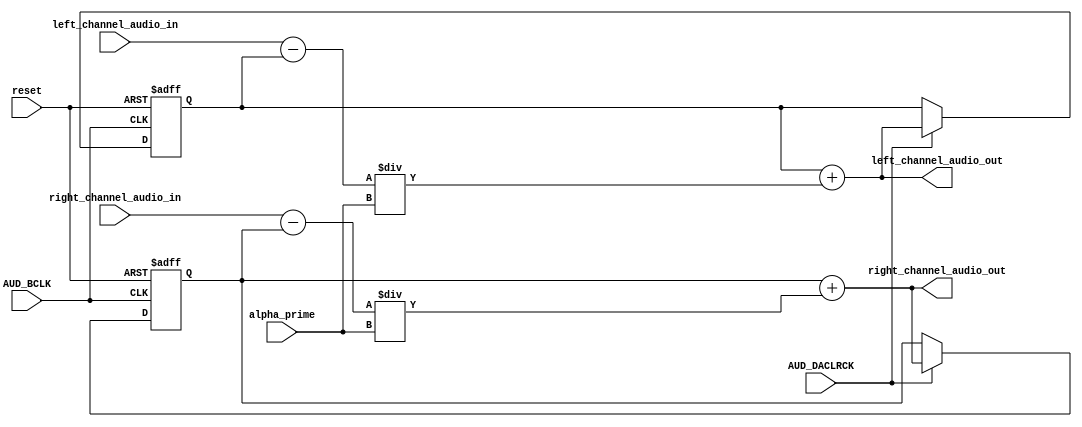
// Based off formula from: https://en.wikipedia.org/wiki/Low-pass_filter#Simple_infinite_impulse_response_filter
module LowPassFilter(
	// Input
	left_channel_audio_in,
	right_channel_audio_in,
	reset,
	AUD_BCLK,
	AUD_DACLRCK,
	alpha_prime,

	// Outputs
	left_channel_audio_out,
	right_channel_audio_out
);

	input [31:0] left_channel_audio_in;
	input [31:0] right_channel_audio_in;
	input reset;
	input AUD_BCLK;
	input AUD_DACLRCK;

	output reg [31:0] left_channel_audio_out;
	output reg [31:0] right_channel_audio_out;

	input [31:0] alpha_prime;
	reg [31:0] previous_left_channel_audio_out = 32'd0;
	reg [31:0] previous_right_channel_audio_out = 32'd0;

	always @(*)
	begin
		// Wikipedia states:y[i] = y[i-1] +  * (x[i] - y[i-1])
		left_channel_audio_out = $unsigned($signed(previous_left_channel_audio_out) + ($signed(left_channel_audio_in) - $signed(previous_left_channel_audio_out)) / $signed(alpha_prime));
		right_channel_audio_out = $unsigned($signed(previous_right_channel_audio_out) + ($signed(right_channel_audio_in) - $signed(previous_right_channel_audio_out)) / $signed(alpha_prime));
		//left_channel_audio_out = left_channel_audio_in;
		//right_channel_audio_out = right_channel_audio_in;
	end

	// Need to store the previous audio out
	always @(posedge AUD_BCLK or negedge reset)
	begin
		if(reset == 1'b0)
			begin
				previous_left_channel_audio_out <= 32'd0;
				previous_right_channel_audio_out <= 32'd0;
			end
		else
			begin
				if(AUD_DACLRCK == 1'b1)
				begin
					previous_left_channel_audio_out <= left_channel_audio_out;
					previous_right_channel_audio_out <= right_channel_audio_out;
				end
			end
	end
	
endmodule